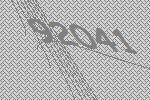
92041